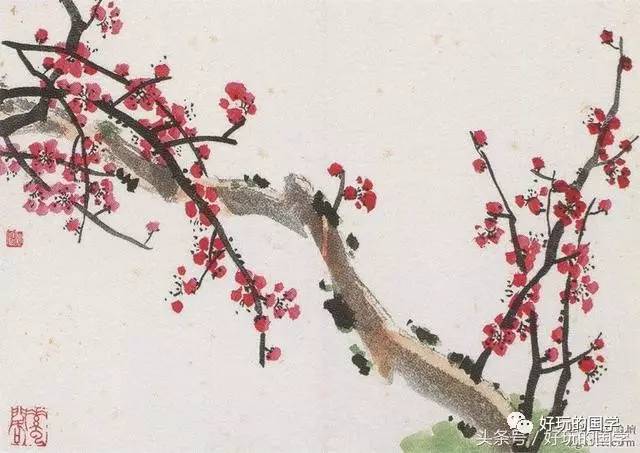
好梦欲成还又觉，绿窗但觉莺啼晓。